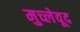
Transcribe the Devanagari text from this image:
मुच्लेवूद